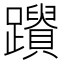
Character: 𨇚